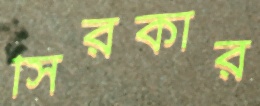
সিরকার